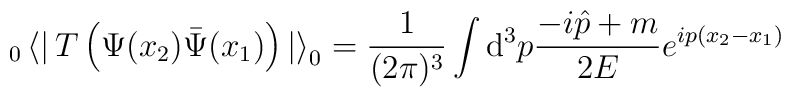
_0\left<\right|T\left(\Psi(x_2)\bar{\Psi}(x_1)\right)\left|\right>_0=\frac{1}{(2\pi)^3}\int {\mathrm d}^3 p \frac{-i\hat{p}+m}{2E}e^{i p(x_2-x_1)}